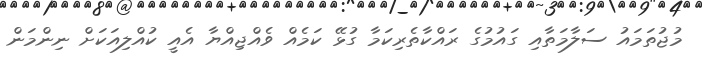
މުޖުތަމައު ސަލާމަތާއި ގައުމުގެ ރައްކާތެރިކަމާ ގުޅޭ ކަމެއް ވެއްޖިއްޔާ އެއީ ކުއްލިއަކަށް ނިންމަން